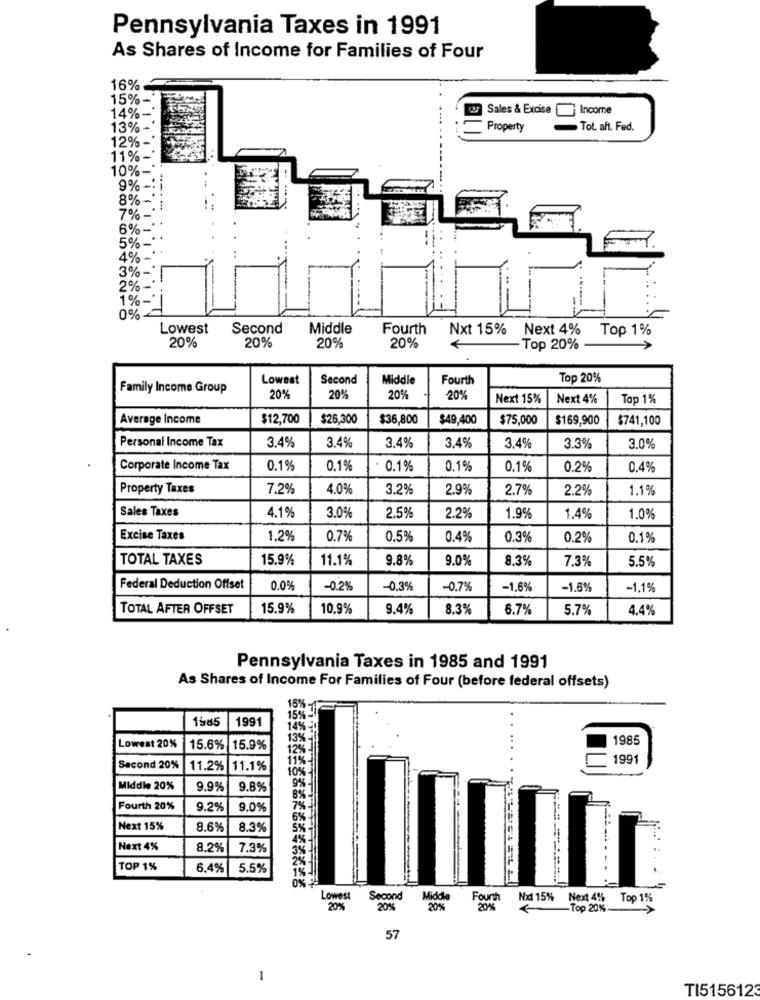
Pennsylvania Taxes in 1991
As Shares of Income for Families of Four
16%
15%-
Sales & Excise
Income
14%
13%
Property
Tot. aft. Fed.
12%
11% -
10%
9% -
8%
7%
6%
5%
4%.
3%-
2%
1%-
0%
Lowest
Second
Middle
Fourth
Nxt 15%
Next 4%
Top 1%
20%
20%
20%
20%
Top 20%
Lowest
Second
Middle
Fourth
Top 20%
Family Income Group
20%
20%
20%
20%
Next 15%
Next 4%
Top 1%
Average Income
$12,700
$26,300
$36,800
$49,400
$75,000
$169,900
$741,100
Personal Income Tax
3.4%
3.4%
3.4%
3.4%
3,4%
3.3%
3.0%
Corporate Income Tax
0.1%
0.1%
· 0.1%
0.1%
0.1%
0.2%
0.4%
Property Taxes
7.2%
4.0%
3.2%
2.9%
2.7%
2.2%
1.1%
Sales Taxes
4.1%
3.0%
2.5%
2.2%
1.9%
1.4%
1.0%
Excise Taxes
1.2%
0.7%
0.5%
0.4%
0.3%
0.2%
0.1%
TOTAL TAXES
15.9%
11.1%
9.8%
9.0%
8.3%
7.3%
5.5%
Federal Deduction Offset
0.0%
-0.2%
-0.3%
-0.7%
-1.6%
-1.6%
-1.1%
TOTAL AFTER OFFSET
15.9%
10.9%
9.4%
8.3%
6.7%
5.7%
4.4%
Pennsylvania Taxes in 1985 and 1991
As Shares of Income For Families of Four (before federal offsets)
15%.
1585
1991
1985
Lowest 20%
15.6%
15.9%
1991
Second 20%
11.2%
11.1%
Middle 20%
9.9%
9.8%
Fourth 20%
9.2%
9.0%
Next 15%
9.6%
8.3%
Next 4%
8.2%
7.3%
TOP 1%
6.4%
5.5%
---
.
0%.
Lowest
Second
Middle
Fourth
Nxt 15%
Next 4%
Top 1%
20%
20%
20%
20%
-Top 20%
57
-
TI5156123